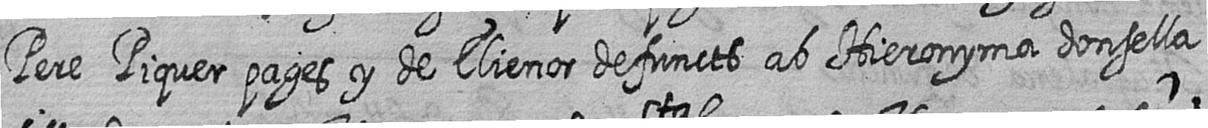
Pere Piquer pages y de Elienor defuncts ab Hieronyma donsella